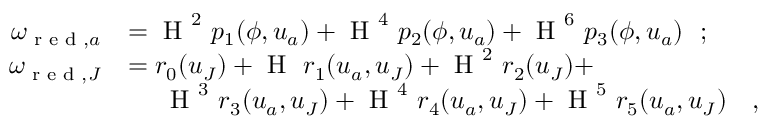
\begin{array} { r l } { \omega _ { \textup { r e d } , a } } & { = \textup { H } ^ { 2 } \ p _ { 1 } ( \phi , \boldsymbol { u } _ { a } ) + \textup { H } ^ { 4 } \ p _ { 2 } ( \phi , \boldsymbol { u } _ { a } ) + \textup { H } ^ { 6 } \ p _ { 3 } ( \phi , \boldsymbol { u } _ { a } ) \ \ ; } \\ { \omega _ { \textup { r e d } , J } } & { = r _ { 0 } ( \boldsymbol { u } _ { J } ) + \textup { H } \ r _ { 1 } ( \boldsymbol { u } _ { a } , \boldsymbol { u } _ { J } ) + \textup { H } ^ { 2 } \ r _ { 2 } ( \boldsymbol { u } _ { J } ) + } \\ & { \ \ \ \ \textup { H } ^ { 3 } \ r _ { 3 } ( \boldsymbol { u } _ { a } , \boldsymbol { u } _ { J } ) + \textup { H } ^ { 4 } \ r _ { 4 } ( \boldsymbol { u } _ { a } , \boldsymbol { u } _ { J } ) + \textup { H } ^ { 5 } \ r _ { 5 } ( \boldsymbol { u } _ { a } , \boldsymbol { u } _ { J } ) \ \ \ , } \end{array}